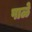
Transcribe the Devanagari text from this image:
पाळे